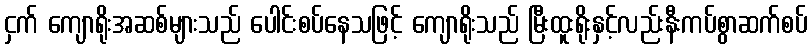
ငှက် ကျောရိုးအဆစ်များသည် ပေါင်းစပ်နေသဖြင့် ကျောရိုးသည် မြီးထူးရိုးနှင့်လည်းနီးကပ်စွာဆက်စပ်